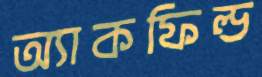
অ্যাকফিল্ড